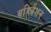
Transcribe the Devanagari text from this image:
बहि्र्वेशन